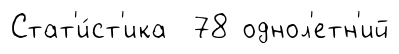
Стат'и́ст'ика 78 однол'етн'ий